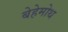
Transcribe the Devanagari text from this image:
बेहेमोथ